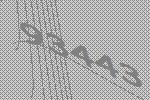
93443